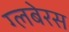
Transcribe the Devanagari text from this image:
ग्लबेरस